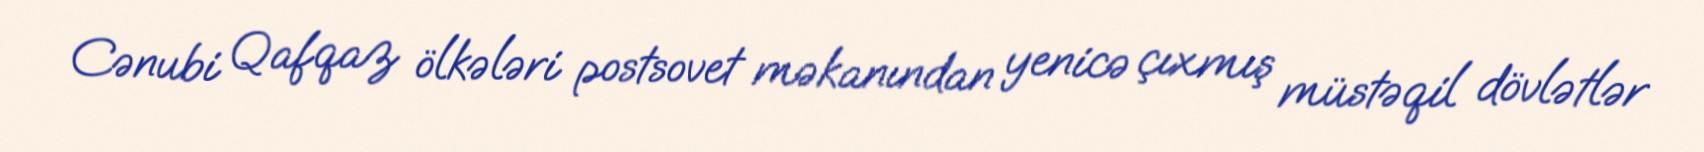
Cənubi Qafqaz ölkələri postsovet məkanından yenicə çıxmış müstəqil dövlətlər